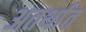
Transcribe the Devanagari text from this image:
अतर्थात